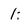
Character: 1